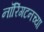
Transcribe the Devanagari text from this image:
नॉरिंगटनच्या